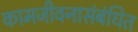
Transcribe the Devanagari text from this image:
कामजीवनासंबंधित